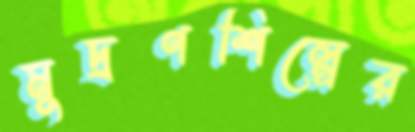
মুদ্রণশিল্পের